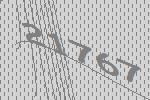
21767